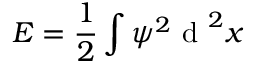
E = \frac { 1 } { 2 } \int \psi ^ { 2 } \mathrm { ~ d ~ } ^ { 2 } x